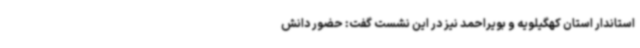
استاندار استان کهگیلویه و بویراحمد نیز در این نشست گفت: حضور دانش